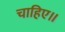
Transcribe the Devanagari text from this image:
चाहिए॥